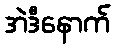
အဲဒီနောက်